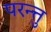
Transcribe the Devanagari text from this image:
परन्त्तु